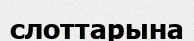
слоттарына